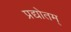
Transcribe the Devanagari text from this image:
प्रद्योतम्